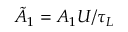
\tilde { A } _ { 1 } = A _ { 1 } U / \tau _ { L }